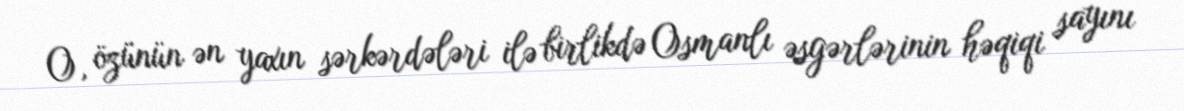
O, özünün ən yaxın sərkərdələri ilə birlikdə Osmanlı əsgərlərinin həqiqi sayını